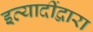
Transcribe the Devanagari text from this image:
इत्यादींद्वारा